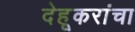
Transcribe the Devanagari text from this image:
देहूकरांचा